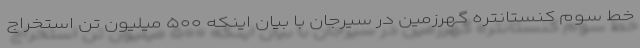
خط سوم کنستانتره گهرزمین در سیرجان با بیان اینکه ۵۰۰ میلیون تن استخراج